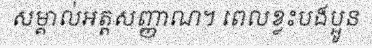
សម្គាល់អត្តសញ្ញាណ។ ពេលខ្លះបងប្អូន